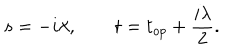
s = - i \lambda , \qquad t = t _ { o p } + { \frac { i \lambda } { 2 } } .